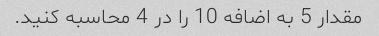
مقدار 5 به اضافه 10 را در 4 محاسبه کنید.